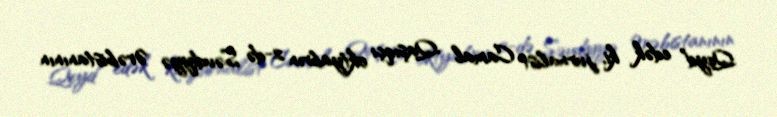
Qeyd edək ki, jurnalist Camal Qaşıqçı oktyabrın 2-də Səudiyyə Ərəbistanının